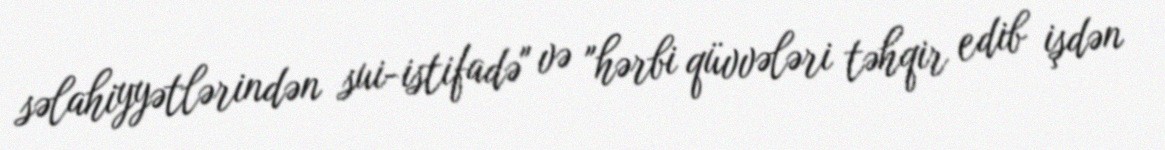
səlahiyyətlərindən sui-istifadə" və "hərbi qüvvələri təhqir edib işdən